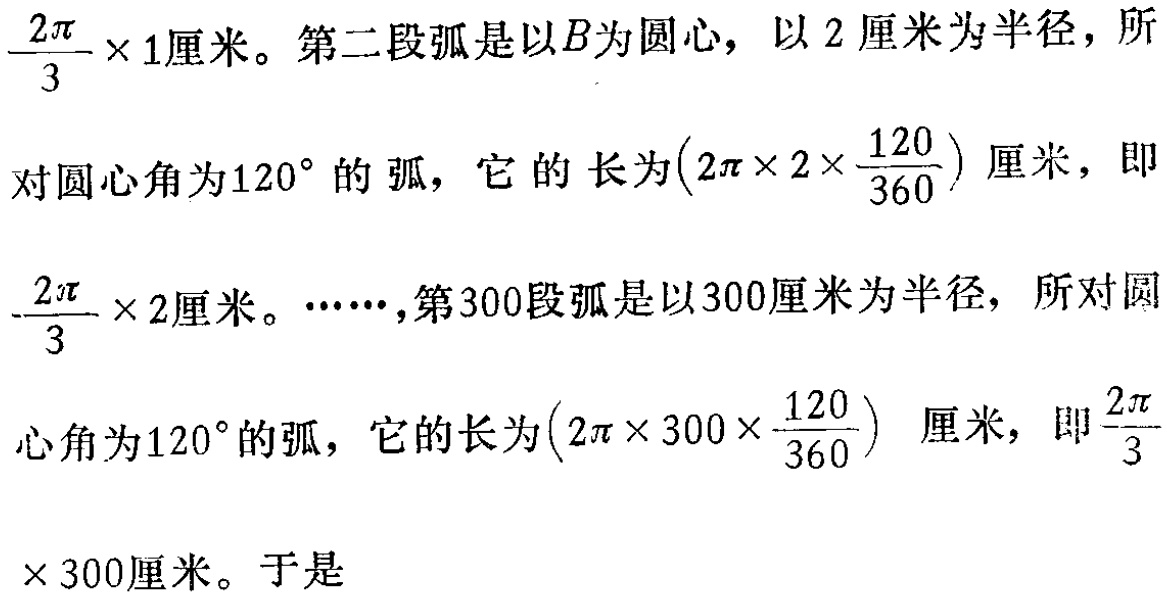
$\frac{2\pi}{3} \times 1\text{厘米。第二段弧是以}B\text{为圆心，以}2\text{厘米为半径，所}$

$对圆心角为120^{\circ}的弧，它的长为}(2\pi \times 2\times \frac{120}{360})\text{厘米，即}$

$\frac{2\pi}{3} \times 2\text{厘米。}\cdots\cdots\text{，第}300\text{段弧是以}300\text{厘米为半径，所对圆}$

$心角为120^{\circ}的弧，它的长为}(2\pi \times 300\times \frac{120}{360})\text{厘米，即}\frac{2\pi}{3}$

$\times 300\text{厘米。于是}$